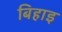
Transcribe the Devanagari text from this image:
बिहाइ